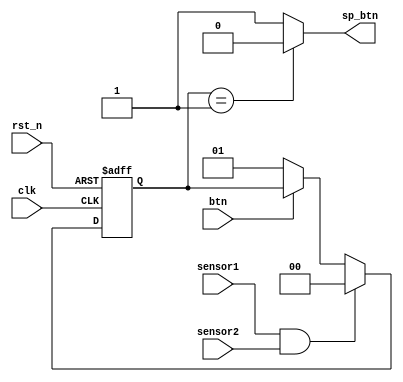
module debouncing(sp_btn,btn,sensor1,sensor2,clk,rst_n); 
output sp_btn; 
input  rst_n,clk,btn,sensor1,sensor2; 
reg [1:0]st; 

 
always @(posedge clk or negedge rst_n) begin 
 if (!rst_n) st <= 2'b00; 
 else begin 
  if(btn==0) 
   st<=2'b01; 
  if(sensor1==1 && sensor2 == 1) 
   st<=2'b00; 
 end 
end 
assign sp_btn = (st ==2'b01 ) ? 1'b0 : 1'b1 ; 
endmodule